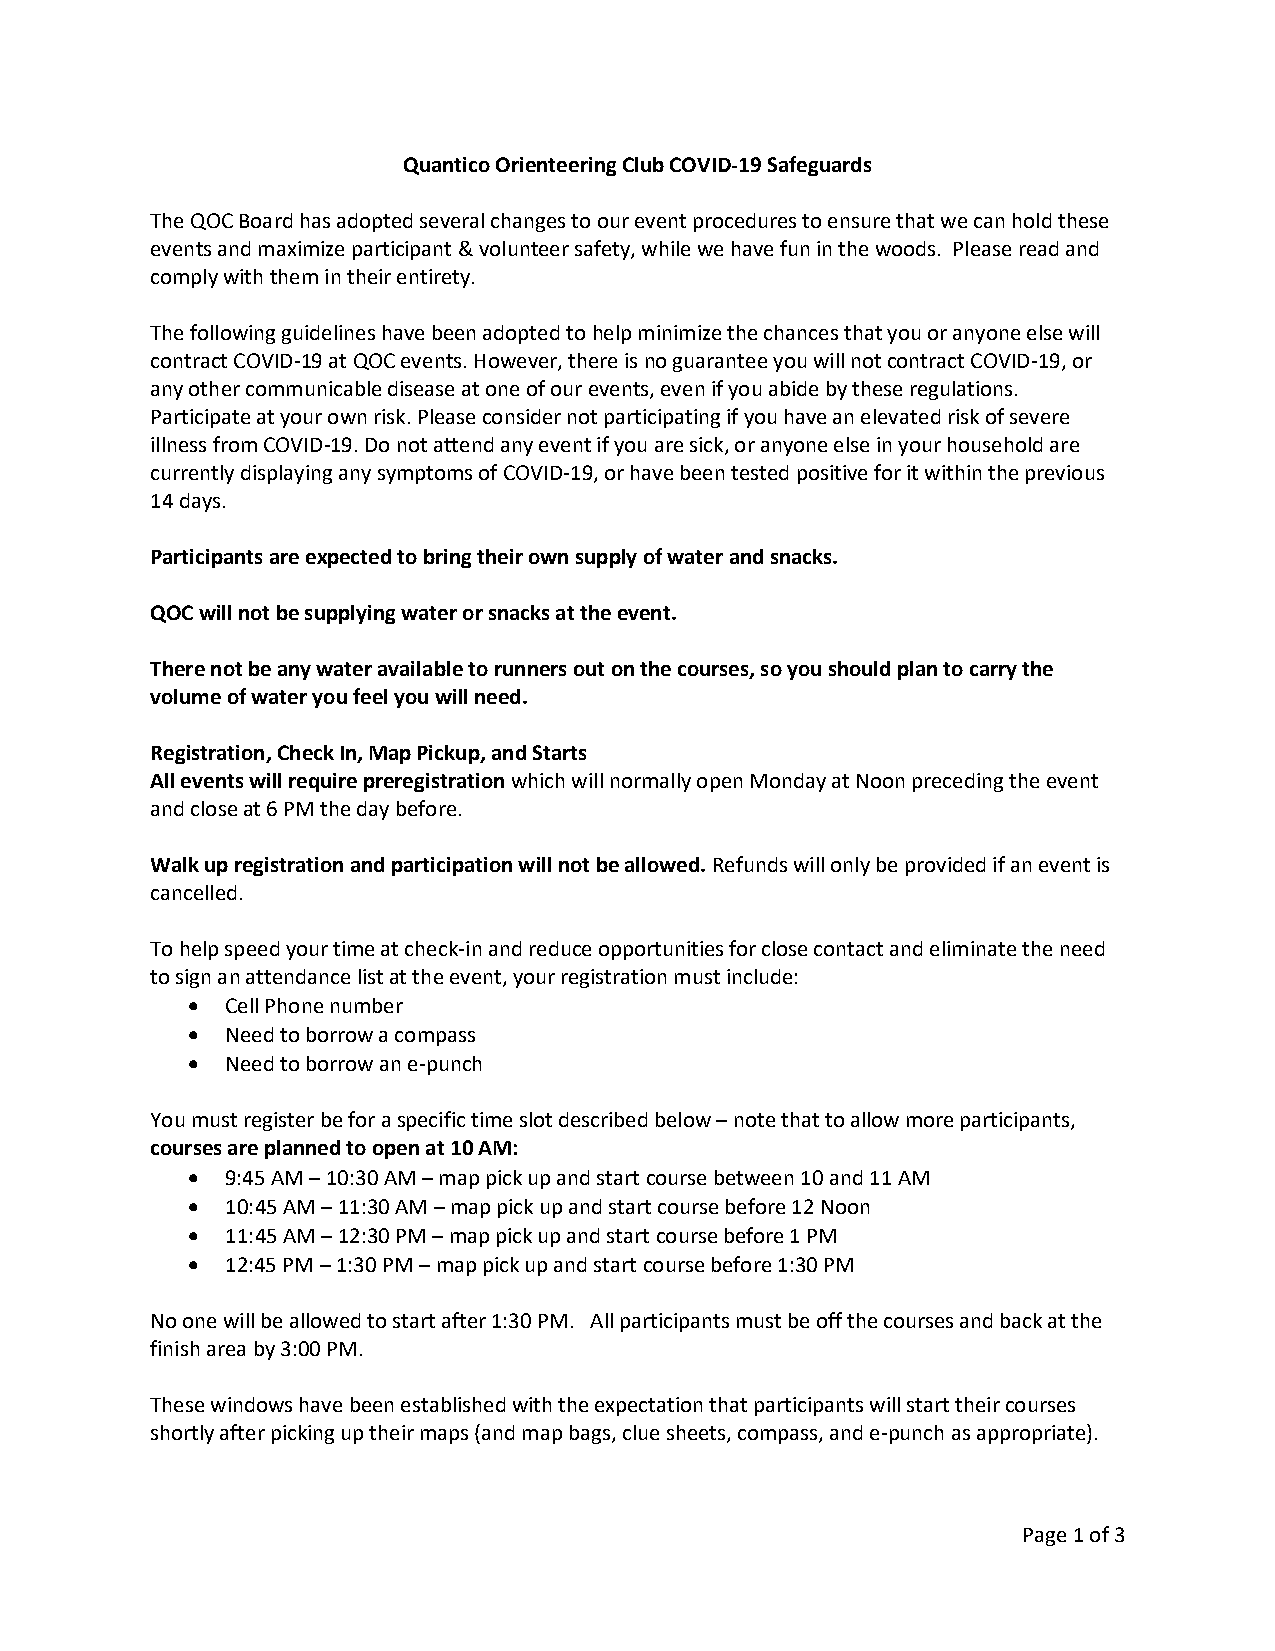
Quantico Orienteering Club COVID-19 Safeguards
 The QOC Board has adopted several changes to our event procedures to ensure that we can hold these
 events and maximize participant & volunteer safety, while we have fun in the woods. Please read and
 comply with them in their entirety.
 The following guidelines have been adopted to help minimize the chances that you or anyone else will
 contract COVID-19 at QOC events. However, there is no guarantee you will not contract COVID-19, or
 any other communicable disease at one of our events, even if you abide by these regulations.
 Participate at your own risk. Please consider not participating if you have an elevated risk of severe
 illness from COVID-19. Do not attend any event if you are sick, or anyone else in your household are
 currently displaying any symptoms of COVID-19, or have been tested positive for it within the previous
 14 days.
 Participants are expected to bring their own supply of water and snacks.
 QOC will not be supplying water or snacks at the event.
 There not be any water available to runners out on the courses, so you should plan to carry the
 volume of water you feel you will need.
 Registration, Check In, Map Pickup, and Starts
 All events will require preregistration which will normally open Monday at Noon preceding the event
 and close at 6 PM the day before.
 Walk up registration and participation will not be allowed. Refunds will only be provided if an event is
 cancelled.
 To help speed your time at check-in and reduce opportunities for close contact and eliminate the need
 to sign an attendance list at the event, your registration must include:
   Cell Phone number
   Need to borrow a compass
   Need to borrow an e-punch
 You must register be for a specific time slot described below – note that to allow more participants,
 courses are planned to open at 10 AM:
   9:45 AM – 10:30 AM – map pick up and start course between 10 and 11 AM
   10:45 AM – 11:30 AM – map pick up and start course before 12 Noon
   11:45 AM – 12:30 PM – map pick up and start course before 1 PM
   12:45 PM – 1:30 PM – map pick up and start course before 1:30 PM
 No one will be allowed to start after 1:30 PM. All participants must be off the courses and back at the
 finish area by 3:00 PM.
 These windows have been established with the expectation that participants will start their courses
 shortly after picking up their maps (and map bags, clue sheets, compass, and e-punch as appropriate).
 Page 1 of 3